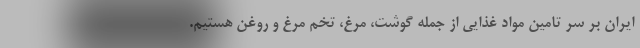
ایران بر سر تامین مواد غذایی از جمله گوشت، مرغ، تخم مرغ و روغن هستیم.